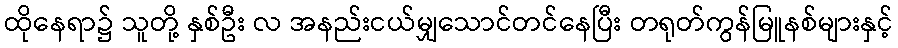
ထိုနေရာ၌ သူတို့ နှစ်ဦး လ အနည်းငယ်မျှသောင်တင်နေပြီး တရုတ်ကွန်မြူနစ်များနှင့်